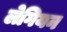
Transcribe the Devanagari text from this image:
लेगियन